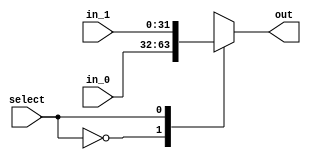
module MUX_2_1#(parameter SIZE = 32)(

    input wire [SIZE-1:0] in_0,
    input wire [SIZE-1:0] in_1,
    input wire select,
    output reg [SIZE-1:0] out

    );
    
    always @(*) begin
        case(select)
            1'b0 : out = in_0;
            1'b1 : out = in_1;
        endcase
    end
endmodule